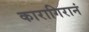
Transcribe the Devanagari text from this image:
कारागिरानं